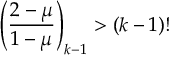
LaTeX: \left( \frac { 2 - \mu } { 1 - \mu } \right) _ { k - 1 } > ( k - 1 ) !